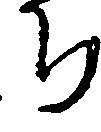
ち